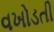
વખોડતી